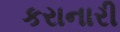
કરાનારી